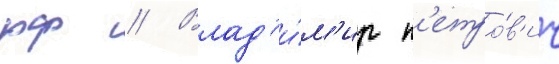
рф // Влад'и́м'ир п'етро́в'ич